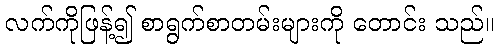
လက်ကိုဖြန့်၍ စာရွက်စာတမ်းများကို တောင်း သည်။